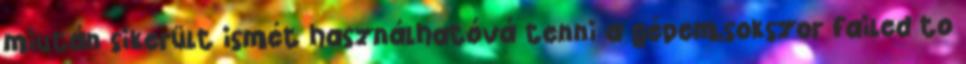
miután sikerült ismét használhatóvá tenni a gépem,sokszor failed to